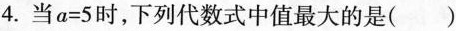
4.当$$a=5$$时,下列代数式中值最大的是( )